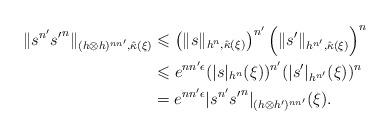
LaTeX: \begin{align*}\| s^{n'} {s'}^{n} \|_{(h \otimes h)^{nn'}, \hat{\kappa}(\xi)} & \leqslant\left(\| s \|_{h^{n}, \hat{\kappa}(\xi)}\right)^{n'} \left(\| s' \|_{h^{n'}, \hat{\kappa}(\xi)}\right)^{n} \\& \leqslant e^{nn'\epsilon} (|s|_{h^{n}}(\xi))^{n'}(|s'|_{h^{n'}}(\xi))^n \\& = e^{nn'\epsilon} |s^{n'} {s'}^n|_{(h\otimes h')^{nn'}}(\xi).\end{align*}